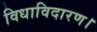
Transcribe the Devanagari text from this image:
विधाविदारण।